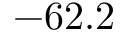
- 6 2 . 2